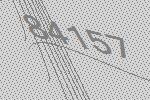
84157